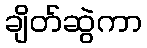
ချိတ်ဆွဲကာ